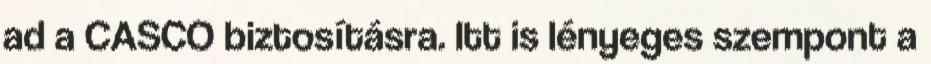
ad a CASCO biztosításra. Itt is lényeges szempont a